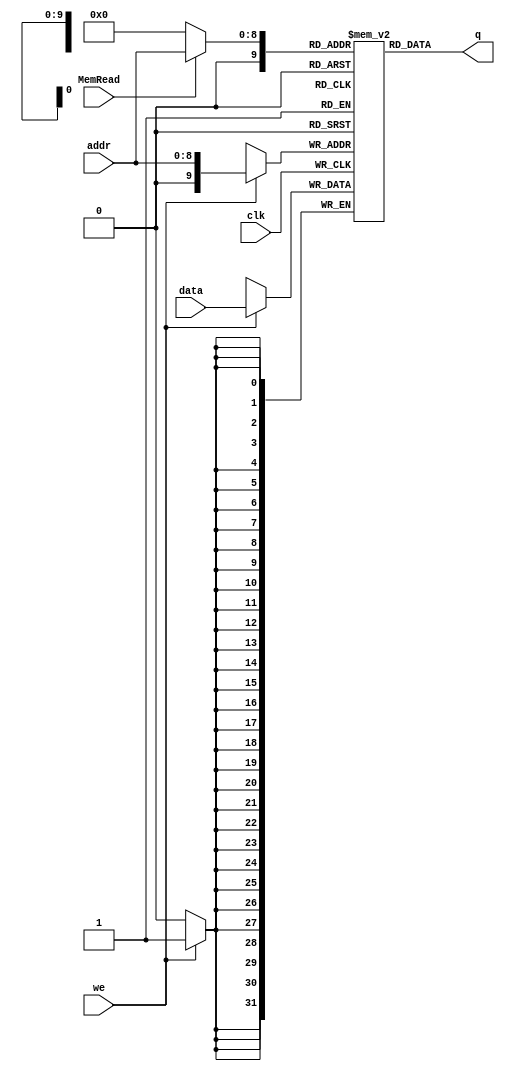
module DataMemory 
(
	input [31:0] data,
	input [8:0] addr,
	input we, clk, MemRead,
	output [31:0] q
);

	// Declare the DataMemory variable
	reg [31:0] ram[1023:0];

	// Variable to hold the registered read address
	reg [31:0] addr_reg;
	
	initial 
		begin
			addr_reg = 0;
		end

	always @ (negedge clk)
	begin
		// Write
		if (we)
			ram[addr] = data;
		
	end
	
	always @ (*)
	begin
		if(MemRead)
			addr_reg = addr;
		else
			addr_reg = 0;
	end

	
	assign q = ram[addr_reg];

endmodule